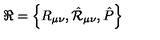
\Re = \left\{ R _ { \mu \nu } , { \hat { \cal R } } _ { \mu \nu } , { \hat { P } } \right\}